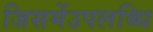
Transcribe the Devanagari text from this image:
जिसमेंउपलब्धि